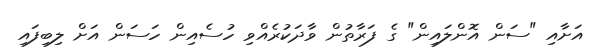
އަށާއި "ސަން އޮންލައިން" ގެ ފަރާތުން ވާދަކުރެއްވި ހުސެއިން ހަސަން އަށް ލިބިފައި